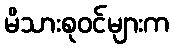
မိသားစုဝင်များက